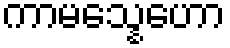
ကာမသ္နေဟော